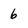
Character: 6